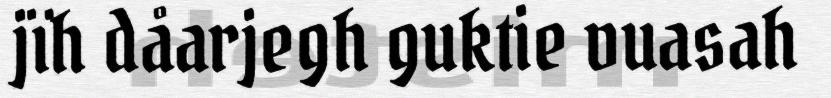
jïh dåarjegh guktie vuasah